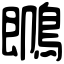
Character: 䳭